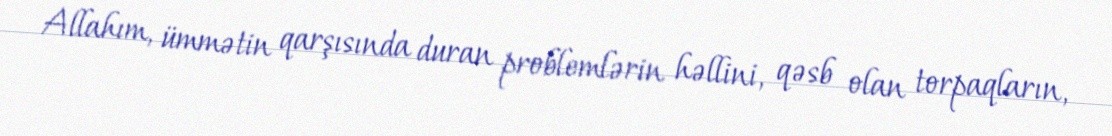
Allahım, ümmətin qarşısında duran problemlərin həllini, qəsb olan torpaqların,